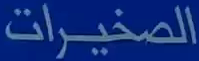
الصخيرات